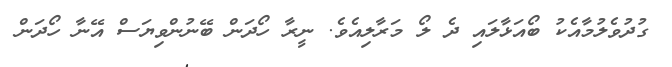
ގުދުވެލުމާއެކު ބޯއަޅާލައި ދެ ލޯ މަރާލިއެވެ. ނީރާ ހޯދަން ބޭނުންވިޔަސް އޭނާ ހޯދަން